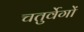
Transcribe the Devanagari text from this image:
चतुर्वेगों